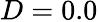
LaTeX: D=0.0